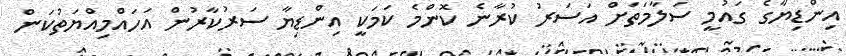
އިންޑިޔާގެ ގައުމީ ސަލާމަތަށް އަސަރު ކުރާނެ ކޮންމެ ކަމަކީ އިންޑިޔާ ސަރުކާރުން އަހައްމިއްޔަތުކަން